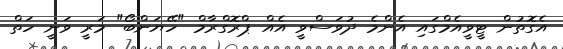
އެގޮތުން ޓީވީއެމްގައި އެންމެ ދުވަސްވީ އެއް ޕްރޮގްރާމް "ހޭޔަންބޯ" މަރީ ވަނީ ހަތް